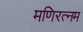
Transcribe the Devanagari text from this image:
मणिरत्‍नम